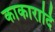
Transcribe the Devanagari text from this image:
काकारादि